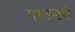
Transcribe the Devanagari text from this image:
माननने